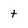
Character: t